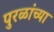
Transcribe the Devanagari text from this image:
पुरळांच्या